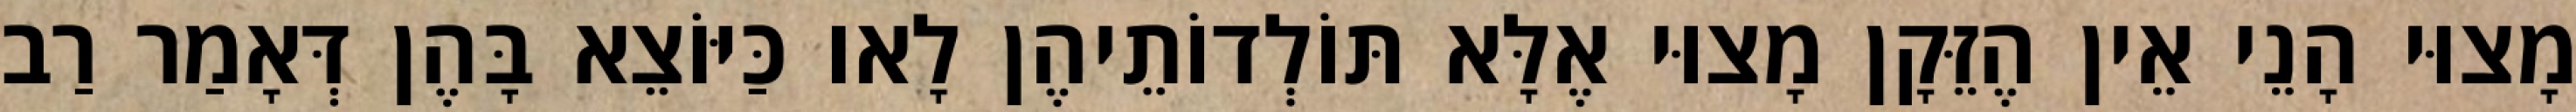
מָצוּי הָנֵי אֵין הֶזֵּקָן מָצוּי אֶלָּא תּוֹלְדוֹתֵיהֶן לָאו כַּיּוֹצֵא בָּהֶן דְּאָמַר רַב